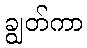
ချွတ်ကာ